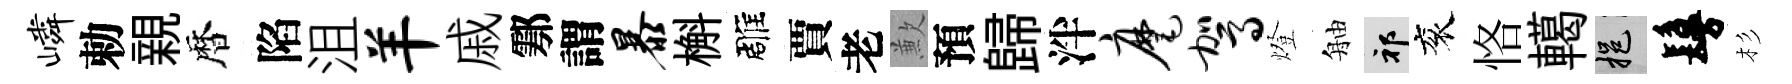
嶙勅親暦陷沮羊戚鄠謂暴槲雕賈老歉預歸泮麾驾燈舳祁衮恪轕挹鬘杉